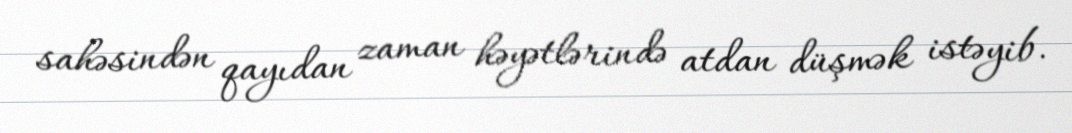
sahəsindən qayıdan zaman həyətlərində atdan düşmək istəyib.